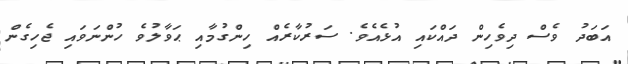
އަބަދު ވެސް ދިވެހިން ދައްކައި އުޅެއެވެ. ސަރުކާރެއް ހިންގުމާއި ޙަވާލުވެ ހުންނަވައި ޖެހިގެން